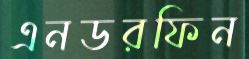
এনডরফিন